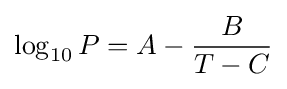
\log _{10}P=A-{\frac {B}{T-C}}